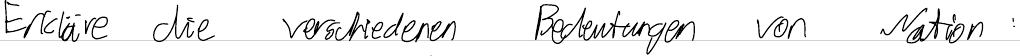
Erkläre die verschiedenen Bedeutungen von Nation: